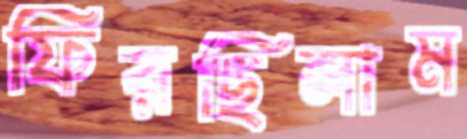
ফিরছিলাম